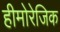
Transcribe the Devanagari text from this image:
हीमोरेजिक